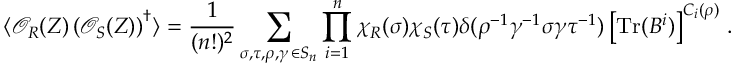
\langle \mathcal { O } _ { R } ( Z ) \left( \mathcal { O } _ { S } ( Z ) \right) ^ { \dagger } \rangle = \frac { 1 } { ( n ! ) ^ { 2 } } \sum _ { \substack { \sigma , \tau , \rho , \gamma \, \in S _ { n } } } \prod _ { i = 1 } ^ { n } \chi _ { R } ( \sigma ) \chi _ { S } ( \tau ) \delta ( \rho ^ { - 1 } \gamma ^ { - 1 } \sigma \gamma \tau ^ { - 1 } ) \left[ \mathrm { T r } ( B ^ { i } ) \right] ^ { C _ { i } ( \rho ) } \, .